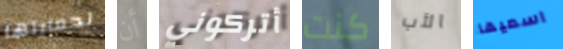
لحمايتها أن أتركوني كنت الأب اسميها